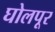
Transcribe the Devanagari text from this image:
घोलपूर